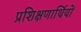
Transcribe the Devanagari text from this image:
प्रशिक्षणार्थियों